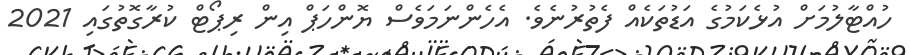
ހުއްޓާލުމަށް އުޅެކަމުގެ އަޑުތަކެއް ފެތުރުނެވެ. އެހެންނަމަވެސް ޔޮންހަޕް އިން ރިޕޯޓް ކުރާގޮތުގައި 2021